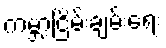
ကမ္ဘာ့ငြိမ်းချမ်းရေး